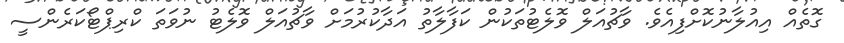
ގޮތެއް އިއުލާނުކޮށްފިއެވެ. ވާޗުއަލް ވޮލެޓުތަކުން ކަފާލާތު އަދާކުރުމަށް ވާޗުއަލް ވޮލެޓު ނުވަތަ ކްރިޕްޓޯކަރެންސީ